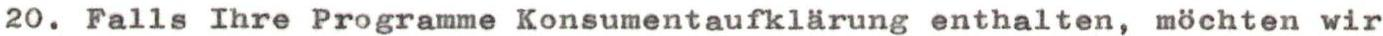
20. Falls Ihre Programme Konsumentaufklärung enthalten, möchten wir